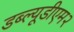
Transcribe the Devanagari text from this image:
डब्ल्यूडीएम२